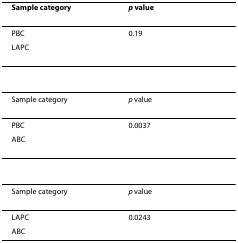
<table><thead><tr><td><b>Sample category</b></td><td><b><i>p </i>value</b></td></tr></thead><tbody><tr><td>PBC</td><td>0.19</td></tr><tr><td>LAPC</td><td></td></tr><tr><td>Sample category</td><td><i>p </i>value</td></tr><tr><td>PBC</td><td>0.0037</td></tr><tr><td>ABC</td><td></td></tr><tr><td>Sample category</td><td><i>p </i>value</td></tr><tr><td>LAPC</td><td>0.0243</td></tr><tr><td>ABC</td><td></td></tr></tbody></table>